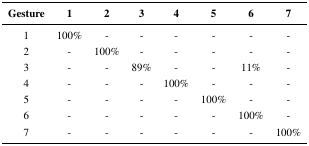
<table><thead><tr><td><b>Gesture</b></td><td><b>1</b></td><td><b>2</b></td><td><b>3</b></td><td><b>4</b></td><td><b>5</b></td><td><b>6</b></td><td><b>7</b></td></tr></thead><tbody><tr><td>1</td><td>100%</td><td>-</td><td>-</td><td>-</td><td>-</td><td>-</td><td>-</td></tr><tr><td>2</td><td>-</td><td>100%</td><td>-</td><td>-</td><td>-</td><td>-</td><td>-</td></tr><tr><td>3</td><td>-</td><td>-</td><td>89%</td><td>-</td><td>-</td><td>11%</td><td>-</td></tr><tr><td>4</td><td>-</td><td>-</td><td>-</td><td>100%</td><td>-</td><td>-</td><td>-</td></tr><tr><td>5</td><td>-</td><td>-</td><td>-</td><td>-</td><td>100%</td><td>-</td><td>-</td></tr><tr><td>6</td><td>-</td><td>-</td><td>-</td><td>-</td><td>-</td><td>100%</td><td>-</td></tr><tr><td>7</td><td>-</td><td>-</td><td>-</td><td>-</td><td>-</td><td>-</td><td>100%</td></tr></tbody></table>